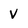
Character: v